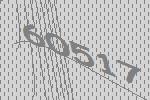
60517